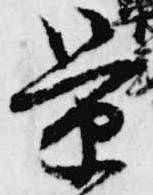
景